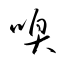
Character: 嗅